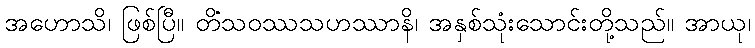
အဟောသိ၊ ဖြစ်ပြီ။ တိံသဝဿသဟဿာနိ၊ အနှစ်သုံးသောင်းတို့သည်။ အာယု၊